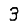
Digit: 3